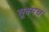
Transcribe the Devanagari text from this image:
सूक्ष्मच